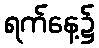
ရက်နေ့၌